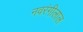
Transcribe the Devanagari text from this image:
नवरंगीलाल